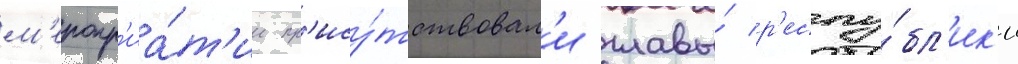
м'еропр'иа́т'ии пр'ису́тствовал'и главы́ р'еспу́бл'ик'и